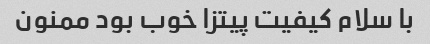
با سلام کیفیت پیتزا خوب بود ممنون